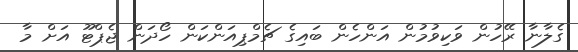
ގެލާނާ ރޭހުން ވަކިވުމުން އަންހެން ބައިގެ ޗެމްޕިއަންކަން ހޯދަން ޖެޕްޓޫ އަށް މާ